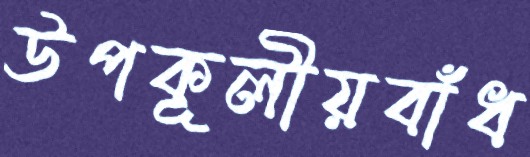
উপকূলীয়বাঁধ